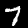
Digit: 7